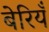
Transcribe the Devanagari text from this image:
बेरियँ